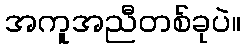
အကူအညီတစ်ခုပဲ။